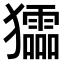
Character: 𤣍